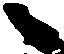
々